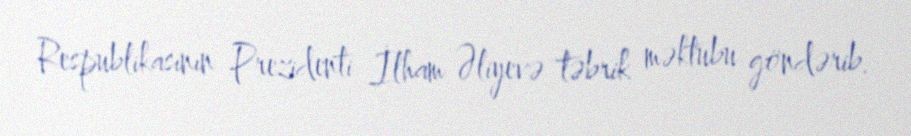
Respublikasının Prezidenti İlham Əliyevə təbrik məktubu göndərib.